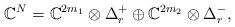
LaTeX: \begin{gather*}\mathbb{C}^N=\mathbb{C}^{2m_1}\otimes \Delta_r^+\oplus\mathbb{C}^{2m_2}\otimes \Delta_r^-,\end{gather*}